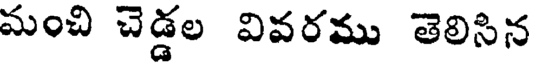
మంచి చెడ్డల వివరము తెలిసిన